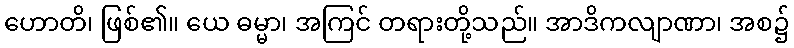
ဟောတိ၊ ဖြစ်၏။ ယေ ဓမ္မာ၊ အကြင် တရားတို့သည်။ အာဒိကလျာဏာ၊ အစ၌